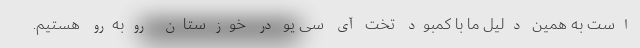
است به همین دلیل ما با کمبود تخت آی سی یو در خوزستان روبه‌رو هستیم.